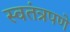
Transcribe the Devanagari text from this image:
स्‍वतंत्रपणे